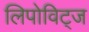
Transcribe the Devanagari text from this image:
लिपोविट्ज